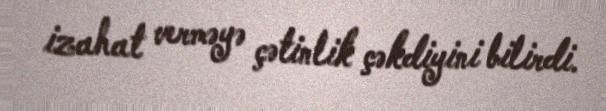
izahat verməyə çətinlik çəkdiyini bilirdi.